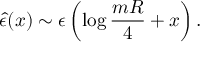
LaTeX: { \hat { \epsilon } } ( x ) \sim \epsilon \left( \log { \frac { m R } { 4 } } + x \right) .